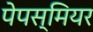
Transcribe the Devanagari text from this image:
पेपस्मियर